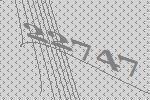
22747